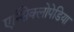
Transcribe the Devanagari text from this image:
एन्सिक्लोपेडिया